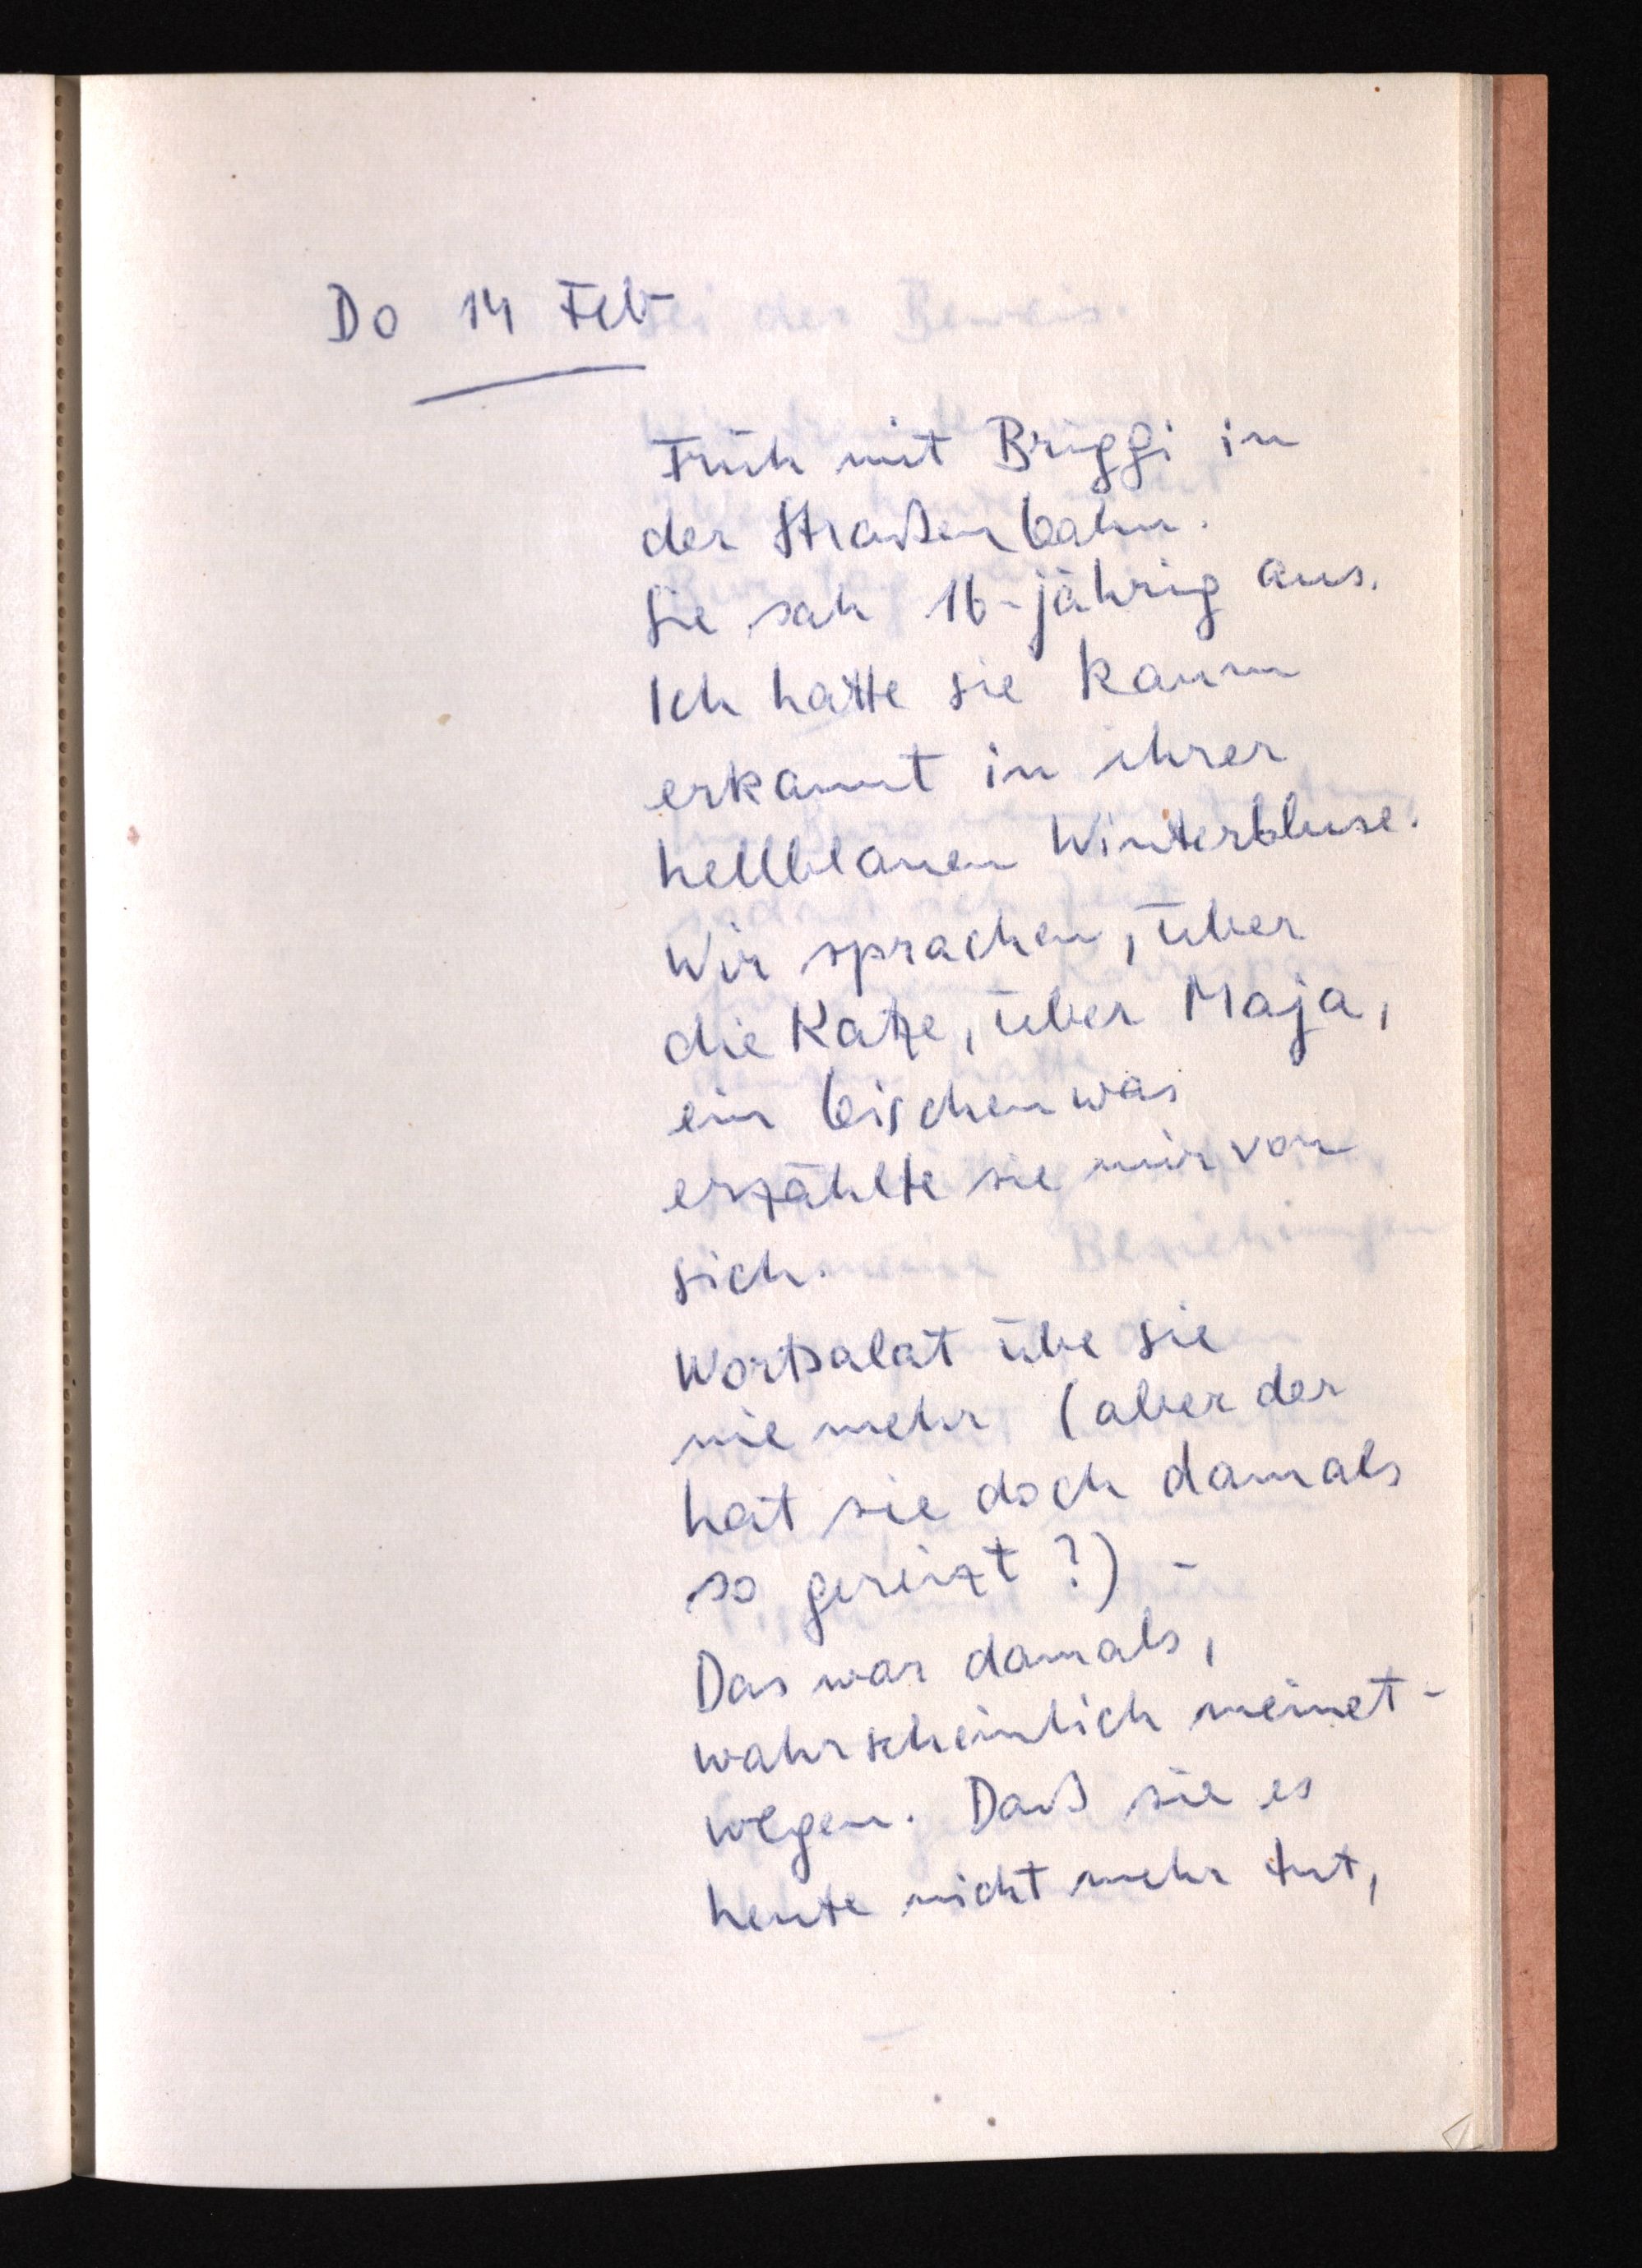
Do 14 Feb
Früh mit Briggi in
der Straßenbahn.
Sie sah 16-jährig aus.
Ich hatte sie kaum
erkannt in ihrer
hellblauen Winterbluse.
Wir sprachen, über
die Katze, über Maja,
ein  was
erzählte sie mir von
sich.
Wortsalat übe sie
nie mehr (aber der
hat sie doch damals
so gereizt?) -
Das war damals,
wahrscheinlich meinet¬
wegen. Daß sie es
heute nicht mehr tut,